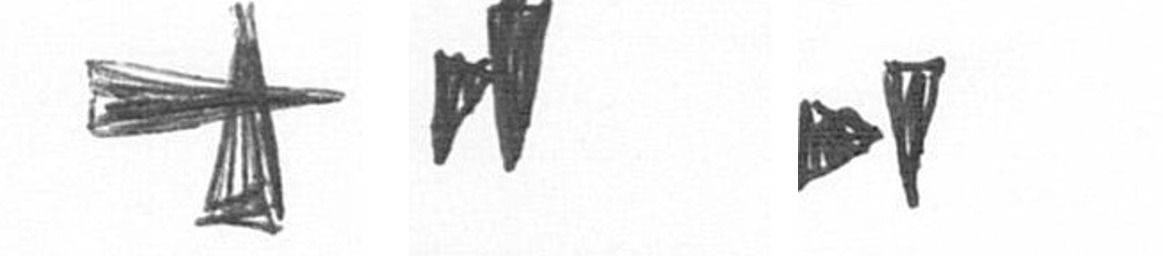
G M M